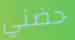
حضني